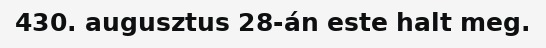
430. augusztus 28-án este halt meg.